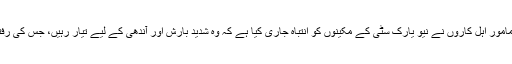
ہنگامی صورتِ حال سے نبردآزما ہونے پر مامور اہل کاروں نے نیو یارک سٹی کے مکینوں کو انتباہ جاری کیا ہے کہ وہ شدید بارش اور آندھی کے لیے تیار رہیں، جس کی رفتار 110 کلومیٹر فی گھنٹہ تک ہوسکتی ہے۔